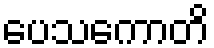
ပေသကောတိ